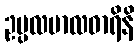
ဥပ္ပလမာလဓာရိနိ